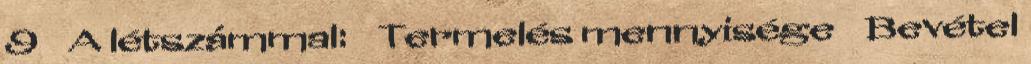
9  A létszámmal: ◦ Termelés mennyisége ◦ Bevétel